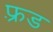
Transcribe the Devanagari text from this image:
फ़्रड